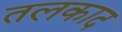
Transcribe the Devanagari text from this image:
तलकाद